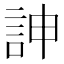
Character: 訷